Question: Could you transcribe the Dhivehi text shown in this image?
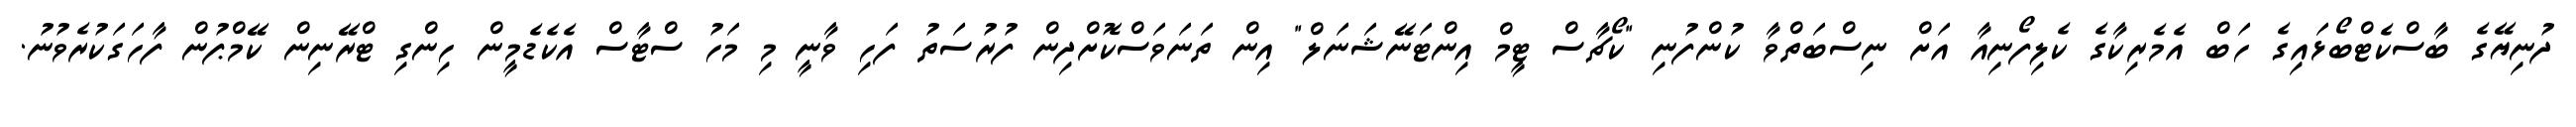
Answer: ދުނިޔޭގެ ބާސްކެޓްބޯޅައިގެ ހަބް އެމެރިކާގެ ކެލިފޯނިއާ އަށް ނިސްބަތްވާ ކުންފުނި "ކޯޗާސް ޓީމް އިންޓަނޭޝަނަލް" އިން ތަނަވަސްކޮށްދިން ފުރުސަތު ފަހި ވާނީ މި މަހު ސްޓާސް އެކެޑެމީން ހިންގި ޓްރޭނިން ކޭމްޕުން ފާހަގަކުރެވުނު.